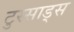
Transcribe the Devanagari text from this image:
टुस्साड्स